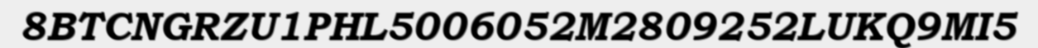
8BTCNGRZU1PHL5006052M2809252LUKQ9MI5